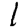
Digit: 1